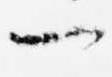
一